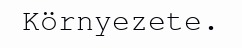
Környezete.